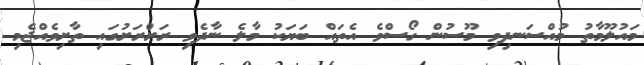
މައުލޫމާތު މުއްސަނދިވި މޫސުން ގޯސްވެ އެތައް ބަޔަކު މާލެ ނާދެވި ރަށްރަށުގައި ތާށިވެއްޖެމި